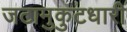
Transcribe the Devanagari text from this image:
जटामुकुटधारी